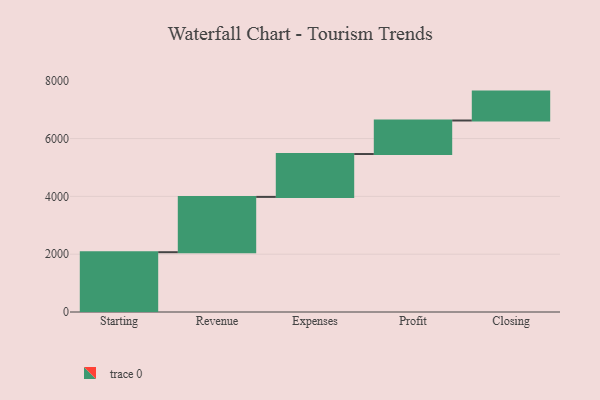
{"axis": {"x": "Step", "y": "Value"}, "legend": [""], "data": [{"x": "Starting", "y": 2069.0, "type": ""}, {"x": "Revenue", "y": 1913.0, "type": ""}, {"x": "Expenses", "y": 1483.0, "type": ""}, {"x": "Profit", "y": 1160.0, "type": ""}, {"x": "Closing", "y": 1000, "type": ""}]}